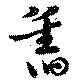
旧